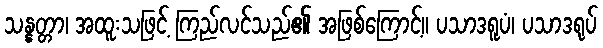
သန္နတ္တာ၊ အထူးသဖြင့် ကြည်လင်သည်၏ အဖြစ်ကြောင့်။ ပသာဒရူပံ၊ ပသာဒရုပ်